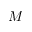
M